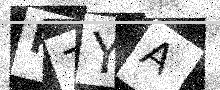
Text: P7YA